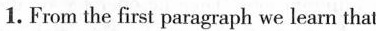
1. From the first paragraph we learn that